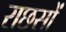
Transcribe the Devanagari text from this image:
राछसों